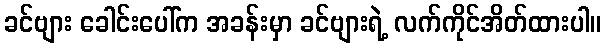
ခင်ဗျား ခေါင်းပေါ်က အခန်းမှာ ခင်ဗျားရဲ့ လက်ကိုင်အိတ်ထားပါ။